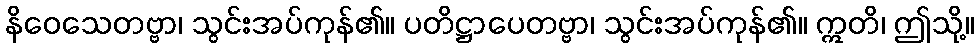
နိဝေသေတဗ္ဗာ၊ သွင်းအပ်ကုန်၏။ ပတိဋ္ဌာပေတဗ္ဗာ၊ သွင်းအပ်ကုန်၏။ ဣတိ၊ ဤသို့။